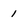
Character: 1